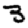
Digit: 3